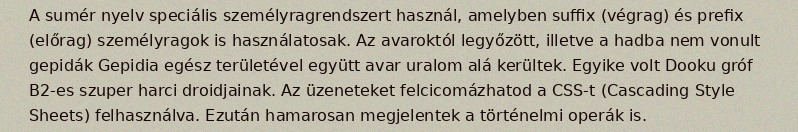
A sumér nyelv speciális személyragrendszert használ, amelyben suffix (végrag) és prefix (előrag) személyragok is használatosak. Az avaroktól legyőzött, illetve a hadba nem vonult gepidák Gepidia egész területével együtt avar uralom alá kerültek. Egyike volt Dooku gróf B2-es szuper harci droidjainak. Az üzeneteket felcicomázhatod a CSS-t (Cascading Style Sheets) felhasználva. Ezután hamarosan megjelentek a történelmi operák is.